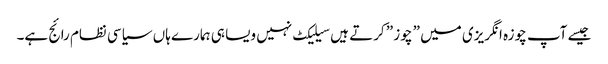
جیسے آپ چوزہ انگریزی میں ” چوز ” کرتے ہیں سیلیکٹ نہیں ویسا ہی ہمارے ہاں سیاسی نظام رائج ہے۔